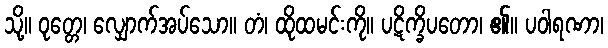
သို့။ ဝုတ္တေ၊ လျှောက်အပ်သော။ တံ၊ ထိုထမင်းကို။ ပဋိက္ခိပတော၊ ၏။ ပဝါရဏာ၊